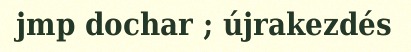
jmp dochar ; újrakezdés